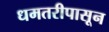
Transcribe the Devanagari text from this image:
धमतरीपासून